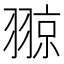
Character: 翞